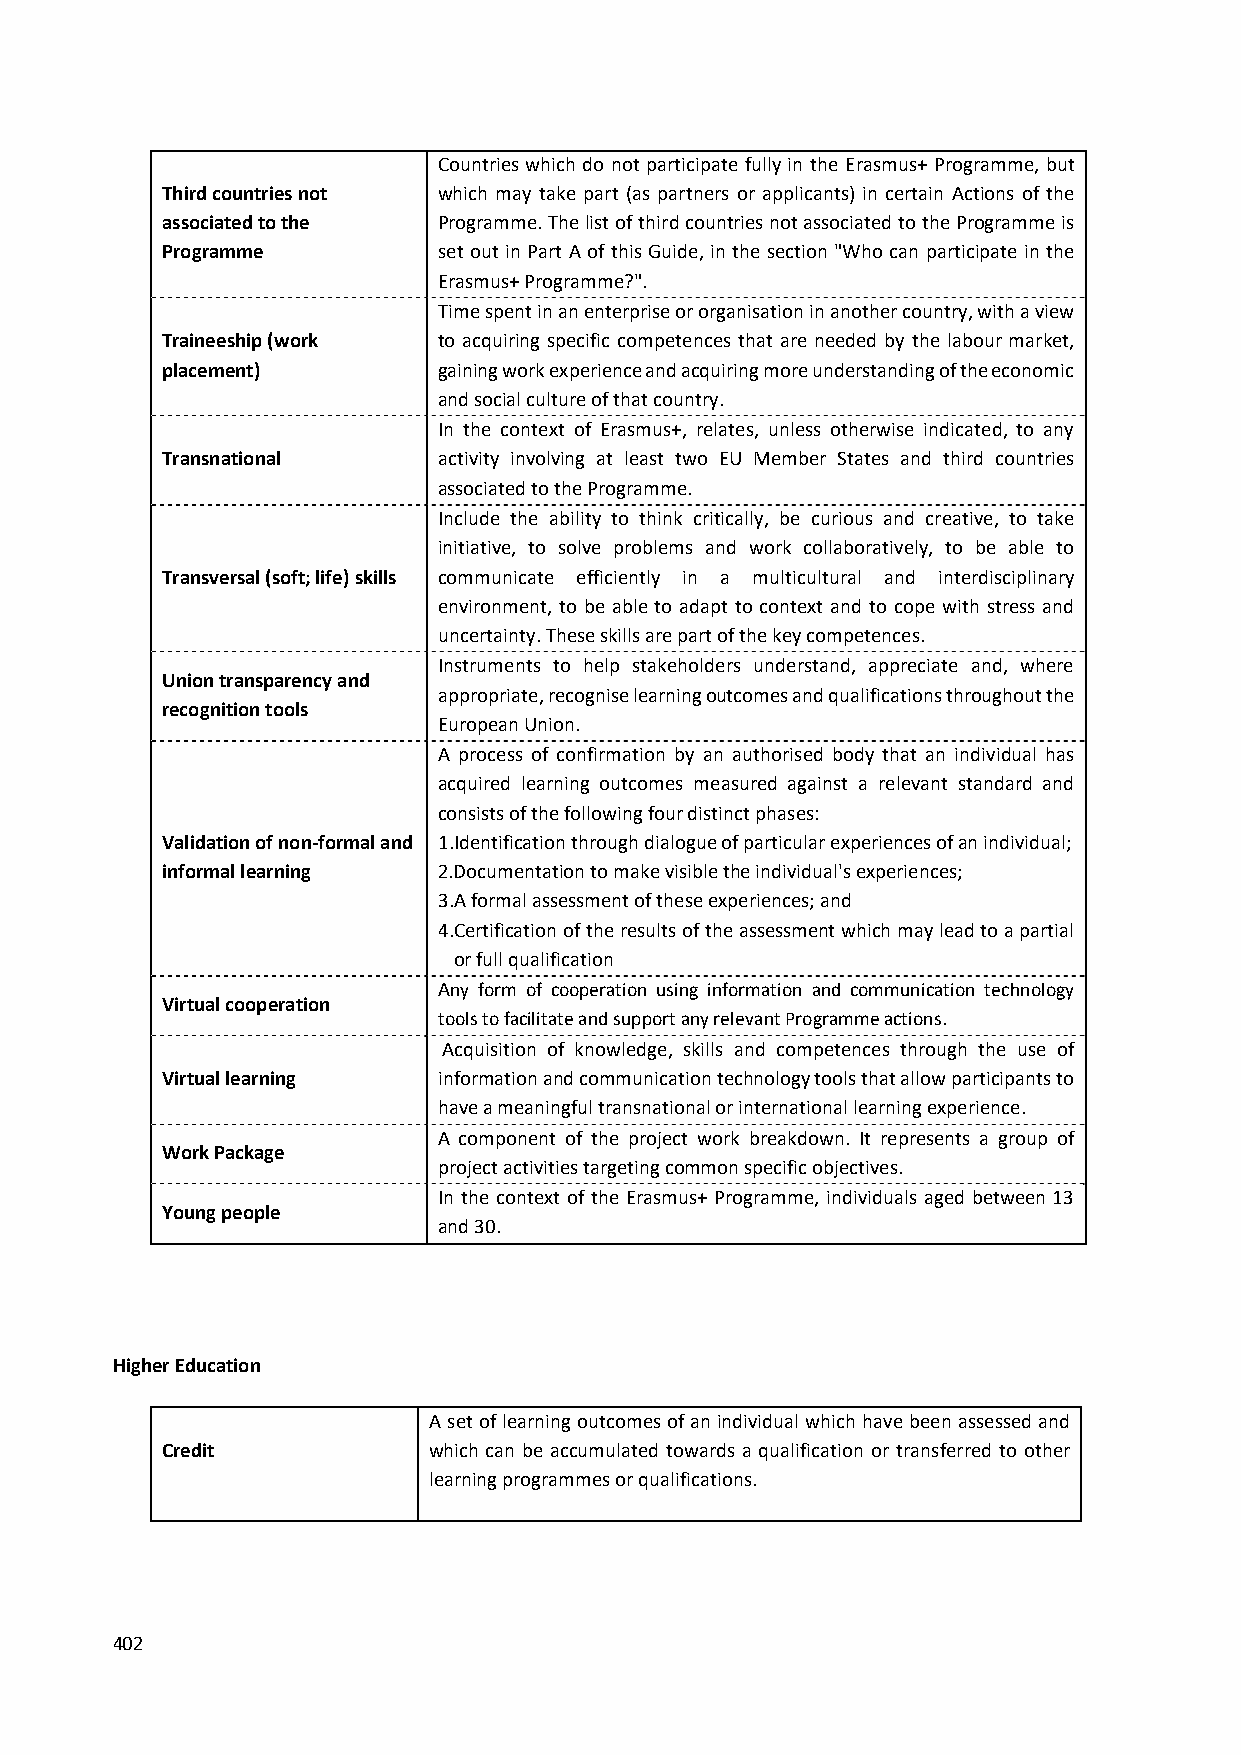
Countries which do not participate fully in the Erasmus+ Programme, but
 Third countries not which may take part (as partners or applicants) in certain Actions of the
 associated to the Programme. The list of third countries not associated to the Programme is
 Programme         set out in Part A of this Guide, in the section "Who can participate in the
 Erasmus+ Programme?".
 Time spent in an enterprise or organisation in another country, with a view
 Traineeship (work to acquiring specific competences that are needed by the labour market,
 placement)        gaining work experience and acquiring more understanding of the economic
 and social culture of that country.
 In the context of Erasmus+, relates, unless otherwise indicated, to any
 Transnational     activity involving at least two EU Member States and third countries
 associated to the Programme.
 Include the ability to think critically, be curious and creative, to take
 initiative, to solve problems and work collaboratively, to be able to
 Transversal (soft; life) skills communicate efficiently in a multicultural and interdisciplinary
 environment, to be able to adapt to context and to cope with stress and
 uncertainty. These skills are part of the key competences.
 Instruments to help stakeholders understand, appreciate and, where
 Union transparency and
 appropriate, recognise learning outcomes and qualifications throughout the
 recognition tools
 European Union.
 A process of confirmation by an authorised body that an individual has
 acquired learning outcomes measured against a relevant standard and
 consists of the following four distinct phases:
 Validation of non‐formal and 1.Identification through dialogue of particular experiences of an individual;
 informal learning 2.Documentation to make visible the individual's experiences;
 3.A formal assessment of these experiences; and
 4.Certification of the results of the assessment which may lead to a partial
 or full qualification
 Any form of cooperation using information and communication technology
 Virtual cooperation
 tools to facilitate and support any relevant Programme actions.
 Acquisition of knowledge, skills and competences through the use of
 Virtual learning  information and communication technology tools that allow participants to
 have a meaningful transnational or international learning experience.
 A component of the project work breakdown. It represents a group of
 Work Package
 project activities targeting common specific objectives.
 In the context of the Erasmus+ Programme, individuals aged between 13
 Young people
 and 30.
 Higher Education
 A set of learning outcomes of an individual which have been assessed and
 Credit           which can be accumulated towards a qualification or transferred to other
 learning programmes or qualifications.
 402